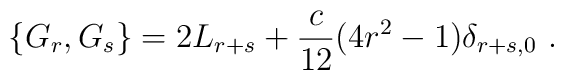
\{ G_r, G_s \} = 2 L_{r+s} + \frac{c}{12}(4 r^2 - 1)\delta_{r+s,0}\ .